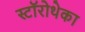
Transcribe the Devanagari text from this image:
स्टॉरोथेका